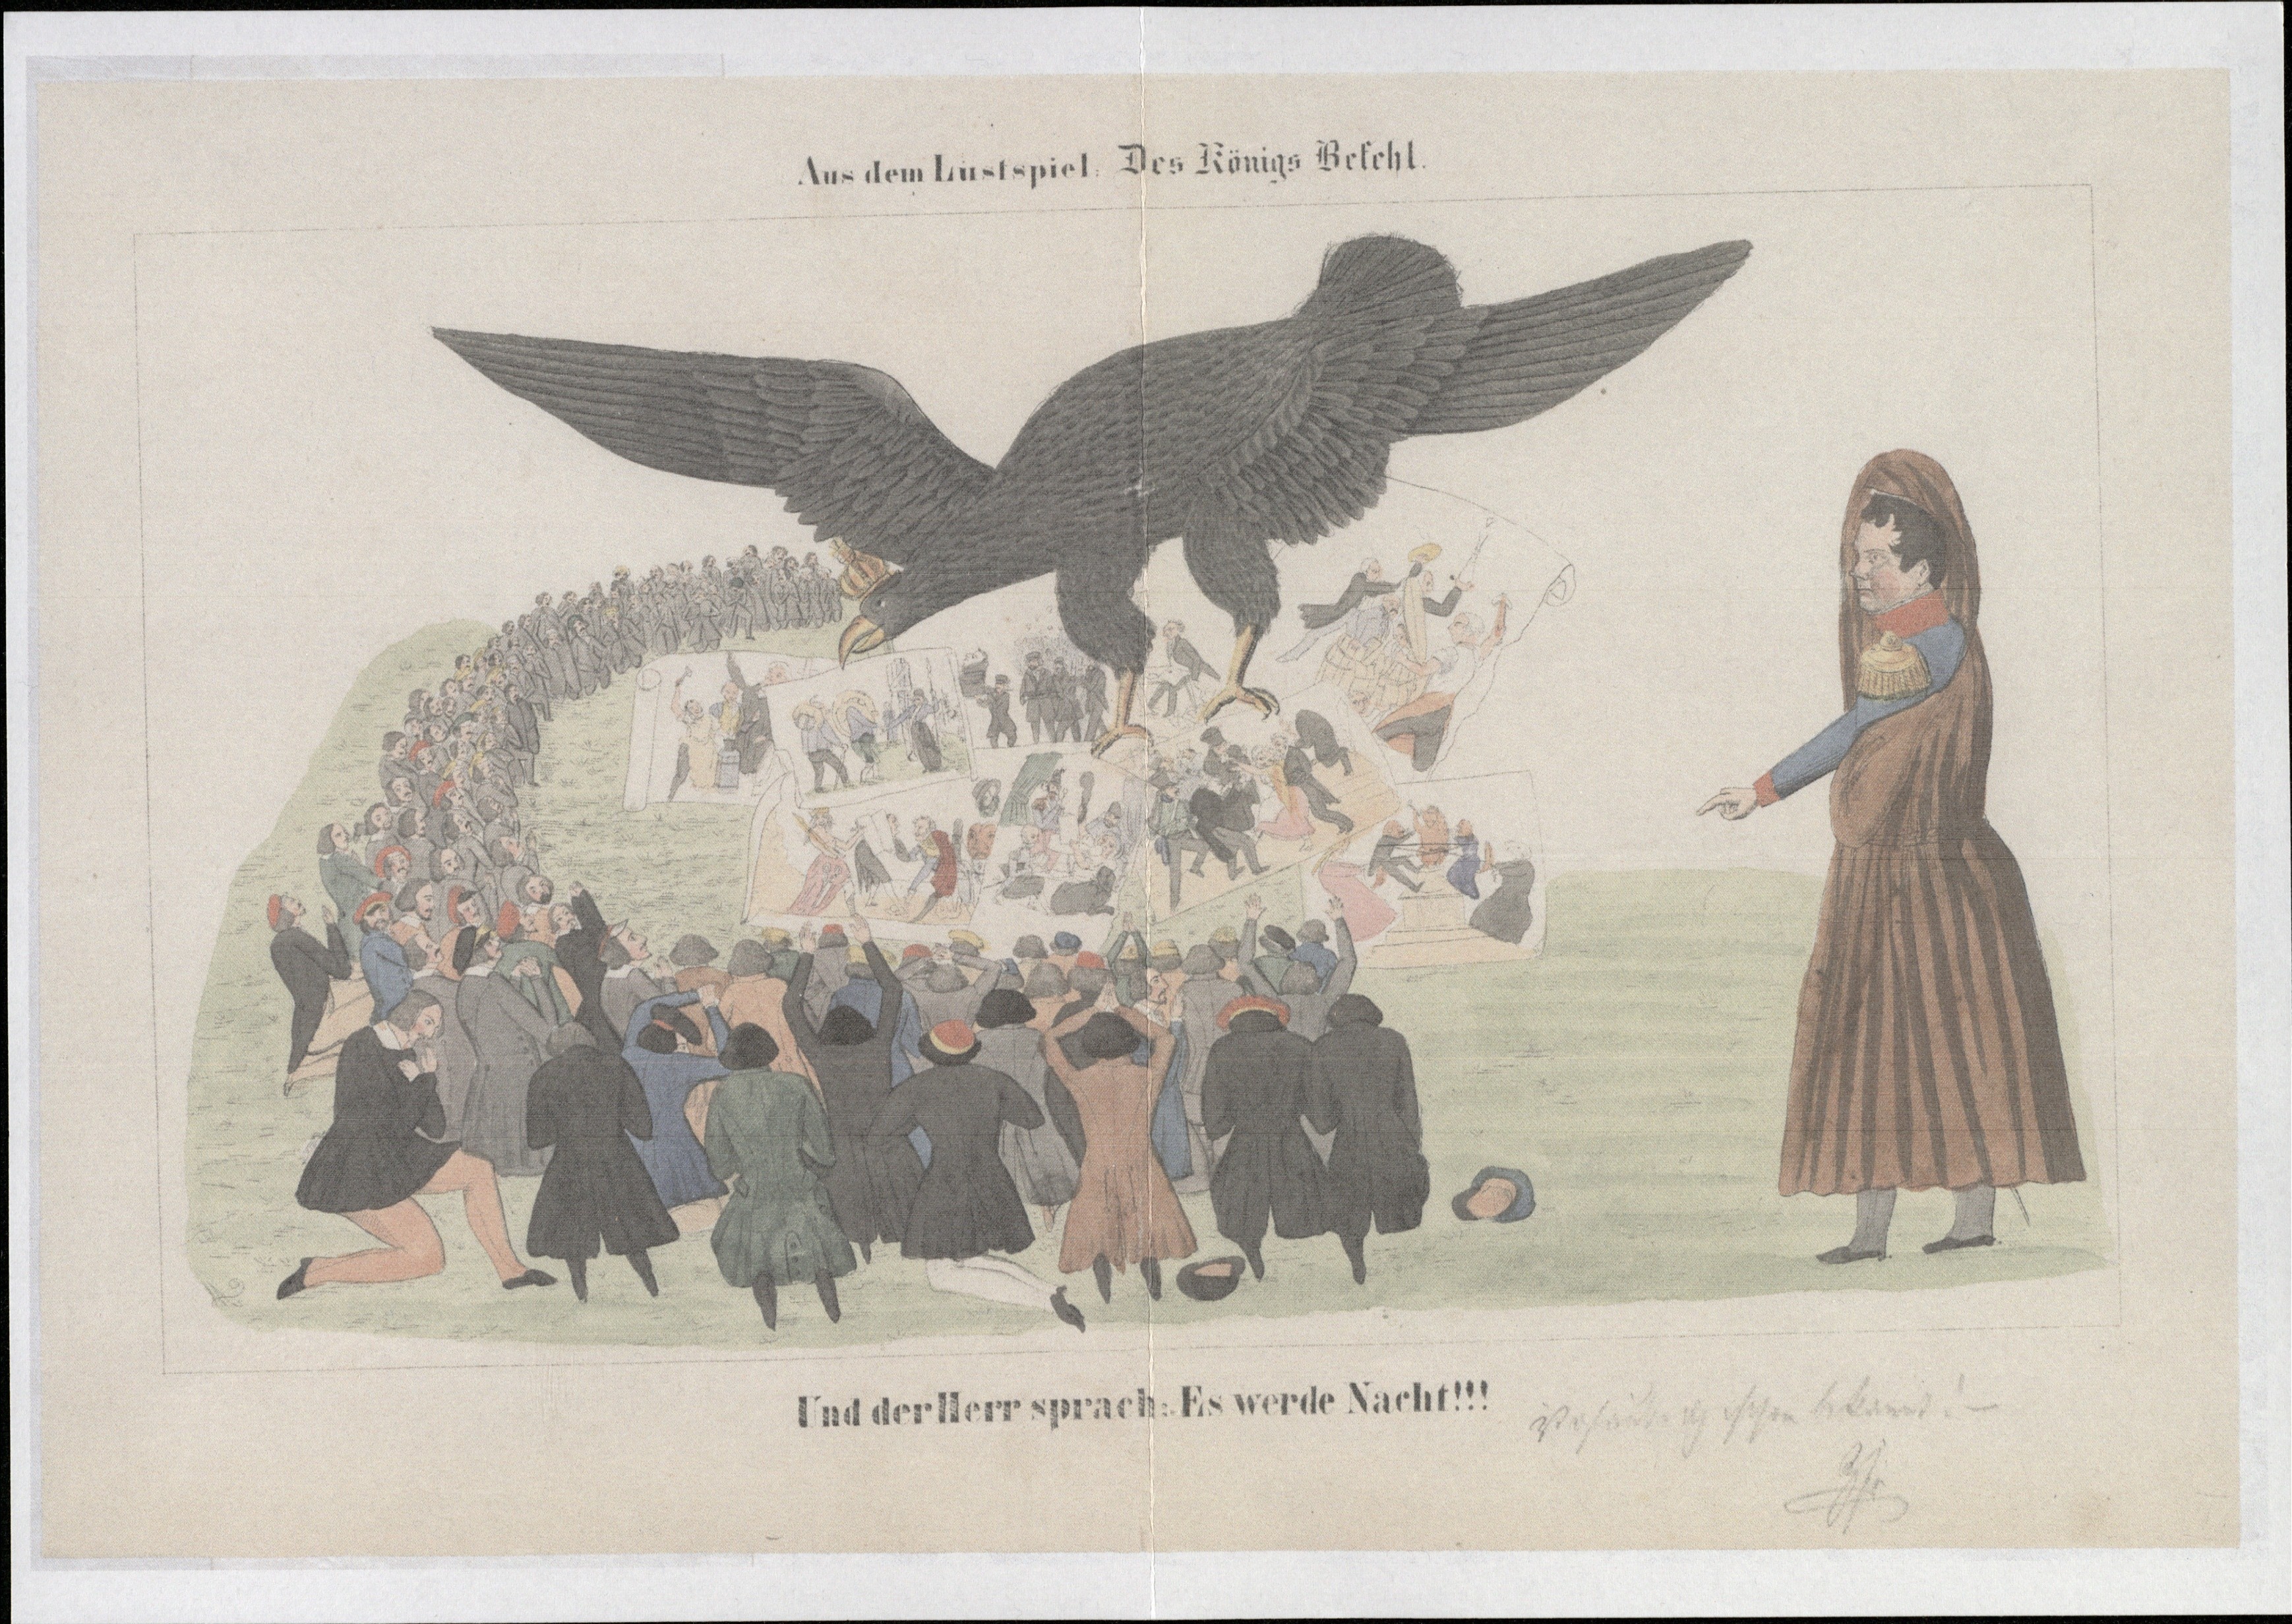
Aus dem Lustspiel: Des Königs Befehl

Und der Herr sprach: Es werde Nacht!!!

ist  schon bekannt! –